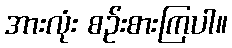
အားလုံး စဉ်းစားကြပါ။